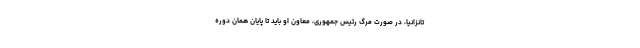
تانزانیا، در صورت مرگ رئيس جمهوری، معاون او باید تا پایان همان دوره